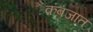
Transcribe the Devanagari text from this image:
कबजात